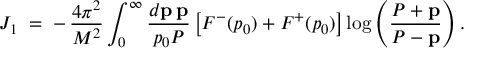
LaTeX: J _ { 1 } \; = \; - \, { \displaystyle { \frac { 4 \pi ^ { 2 } } { M ^ { 2 } } } } \int _ { 0 } ^ { \infty } { \displaystyle { \frac { d { \bf p } \, { \bf p } } { p _ { 0 } { \cal P } } } } \left[ F ^ { - } ( p _ { 0 } ) + F ^ { + } ( p _ { 0 } ) \right] \log \left( { \displaystyle { \frac { { \cal P } + { \bf p } } { { \cal P } - { \bf p } } } } \right) .